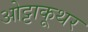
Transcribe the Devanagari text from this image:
ओट्टाकूथर